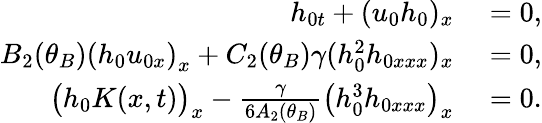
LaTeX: \begin{array}{rl}{h_{0t}+(u_{0}h_{0})_{x}}&{{}=0,}\\ {B_{2}(\theta_{B})\left(h_{0}u_{0x}\right)_{x}+C_{2}(\theta_{B})\gamma(h_{0}^{2}h_{0xxx})_{x}}&{{}=0,}\\ {\big(h_{0}K(x,t)\big)_{x}-\frac{\gamma}{6A_{2}(\theta_{B})}\big(h_{0}^{3}h_{0xxx}\big)_{x}}&{{}=0.}\end{array}